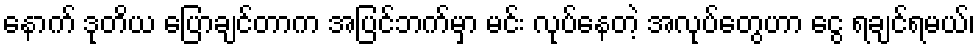
နောက် ဒုတိယ ပြောချင်တာက အပြင်ဘက်မှာ မင်း လုပ်နေတဲ့ အလုပ်တွေဟာ ငွေ ရချင်ရမယ်၊